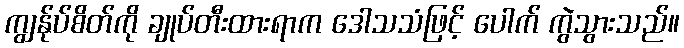
ကျွန်ုပ်စိတ်ကို ချုပ်တီးထားရာက ဒေါသသံဖြင့် ပေါက် ကွဲသွားသည်။